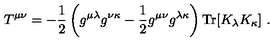
T ^ { \mu \nu } = - { \frac { 1 } { 2 } } \left( g ^ { \mu \lambda } g ^ { \nu \kappa } - { \frac { 1 } { 2 } } g ^ { \mu \nu } g ^ { \lambda \kappa } \right) \mathrm { T r } [ K _ { \lambda } K _ { \kappa } ] \ .